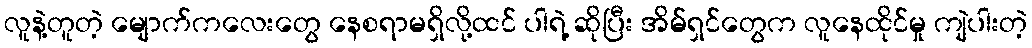
လူနဲ့တူတဲ့ မျောက်ကလေးတွေ နေစရာမရှိလို့ထင် ပါရဲ့ ဆိုပြီး အိမ်ရှင်တွေက လူနေထိုင်မှု ကျဲပါးတဲ့